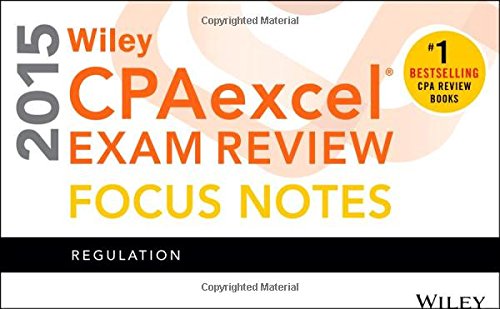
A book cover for Wiley CPAexcel Exam Review 2015 Focus Notes: Regulation; Wiley; Test Preparation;